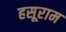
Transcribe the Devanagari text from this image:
हसूराम